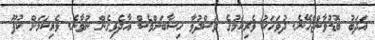
އަދަބު ބޮޑުވާންޖެހޭނެ. ދުވަހަކު ވެރިކަމުގެ ވަސްދުވާ ހިސާބަށްވެސް އާދެވިގެން ނުވާނެ. ވެރިކަމަށް ކުފޫ